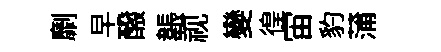
劘早醱韔视變徨宙豹蒲